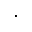
\cdot